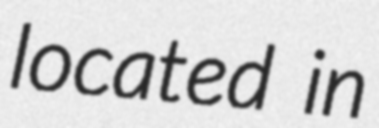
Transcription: located in